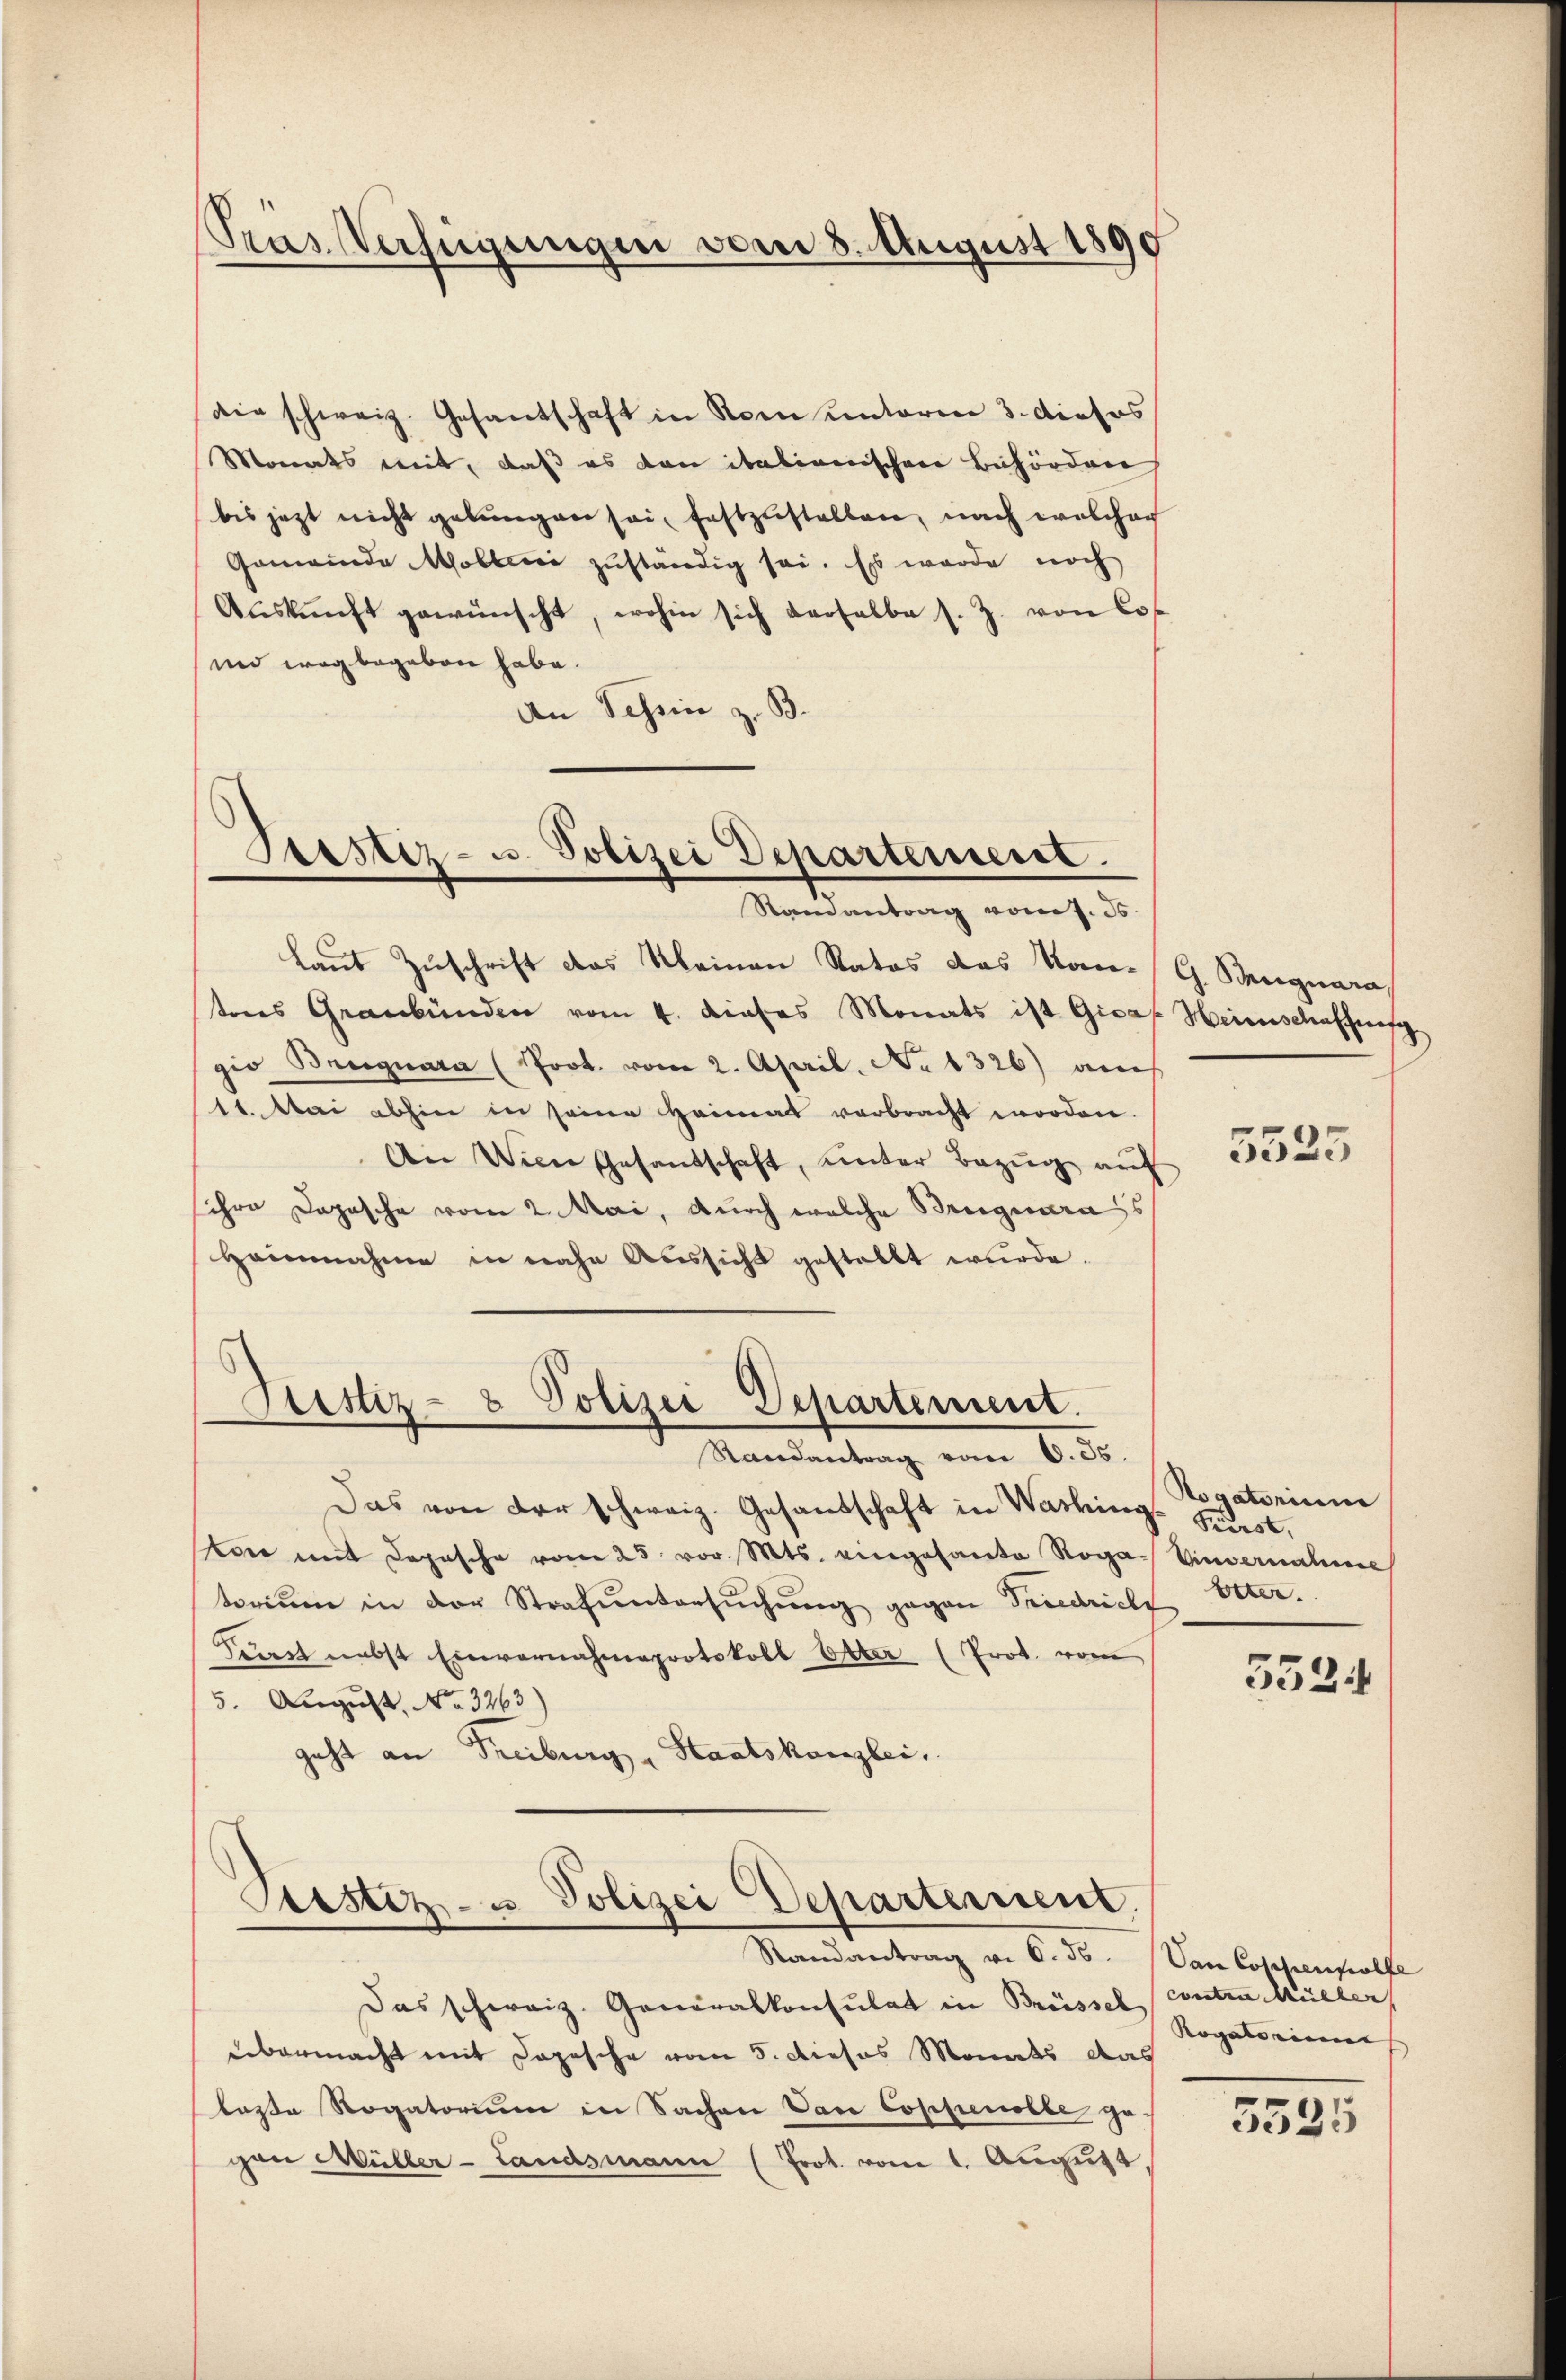
Seus Verfügungen vom 8. August 1890

die schweiz. Gesantschaft in Rom unterm 3. dieses
Monats mit, daß es dann italienischen Behörden
bis jezt nicht gebungen sei, festzustellen, nach welcher
Gemeinde Wollence zuständig sei. Es wurde noch
Auskunft gewünscht, wohin sich derselbe s. Z. von Co
und wegbegeben habe.
An Schein z. B.

Laut Zuschrift das kleinen Statos das Kon-G. Sangnare
teres Graubünden vom 4. dieses Monats ist Gier
gio Begnara (Prot. vom 2. April. No 1326) auch
11. Mai abhin in seine Heimat verbracht worden.
An Wien Gesantschaft, unter Bezug auf
ihre Dopische vom 2. Mai, durch welche Briguarass
Hoinnahme in nahe Aussicht gestellt wurde.

Prestiz- u. Polizei Departement.
Randantrag vom J. J.

Festiz- & Polizei Departement.
Randantrag vom 6. Js.

Das von der schweiz. Gesandschaft in Washing Pudest,
er mit Depesche vom 25. vor. Mts. eingesamte Roga Einvernahme
torium in der Strafuntersŭchŭng gegen Friedricht
Curst nebst Einvernahmsprotokoll Otter (Prot. vom
5. August. No. 3263)
geht an Freiburg - Staatskanzlei.
Stestiz- u. Polizei Departement.

Randantrag v. 6. ds.

Das schweiz. Generalkonsulat in Brüssel contra Müller
übermacht mit Depesche vom 5. dieses Monats das
lasse Rogatorium in Sachen Vac Coppenolle ge
gen Müller-Landsmann (Prot. vom 1. August,

Heimschaffung

5525

Rogatorium
Etter.

552

Dan Cosizienpolfe
Rogen ein |

5535